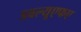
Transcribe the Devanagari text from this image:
डबल्यूएफए